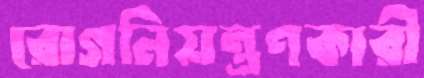
রোগনিয়ন্ত্রণকারী